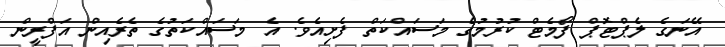
އޭނަގެ ލެޕްޓޮޕް ފޯމެޓް ކުރުމުގެ މަސައްކަތް ފެށިއެވެ. އެ މަސައްކަތުގެ ތެރެއިން އަފްރީން